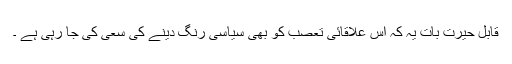
قابل حیرت بات یہ کہ اس علاقائی تعصب کو بھی سیاسی رنگ دینے کی سعی کی جا رہی ہے ۔